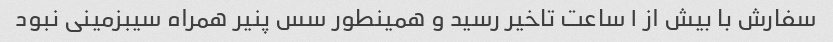
سفارش با بیش از ۱ ساعت تاخیر رسید و همینطور سس پنیر همراه سیبزمینی نبود